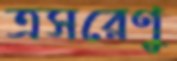
ত্রসরেণু